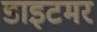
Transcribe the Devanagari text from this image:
डाइटमर